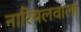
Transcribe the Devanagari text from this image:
नारियलवाला